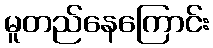
မူတည်နေကြောင်း